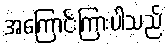
အကြောင်းကြားပါသည်